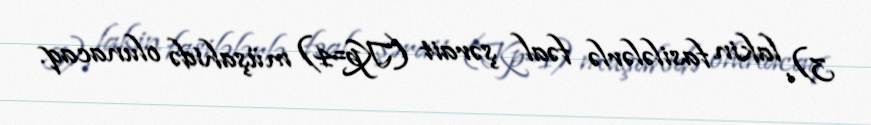
3), lakin fasilələrlə fəal şərait (Kp=4) müşahidə olunacaq.